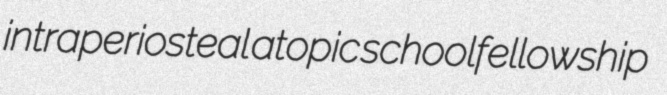
intraperiosteal atopic schoolfellowship